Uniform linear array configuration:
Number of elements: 8
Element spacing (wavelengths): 0.5
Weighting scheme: cosine
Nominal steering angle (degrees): -60
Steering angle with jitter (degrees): -61.086
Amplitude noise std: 0.05
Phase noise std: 0.05

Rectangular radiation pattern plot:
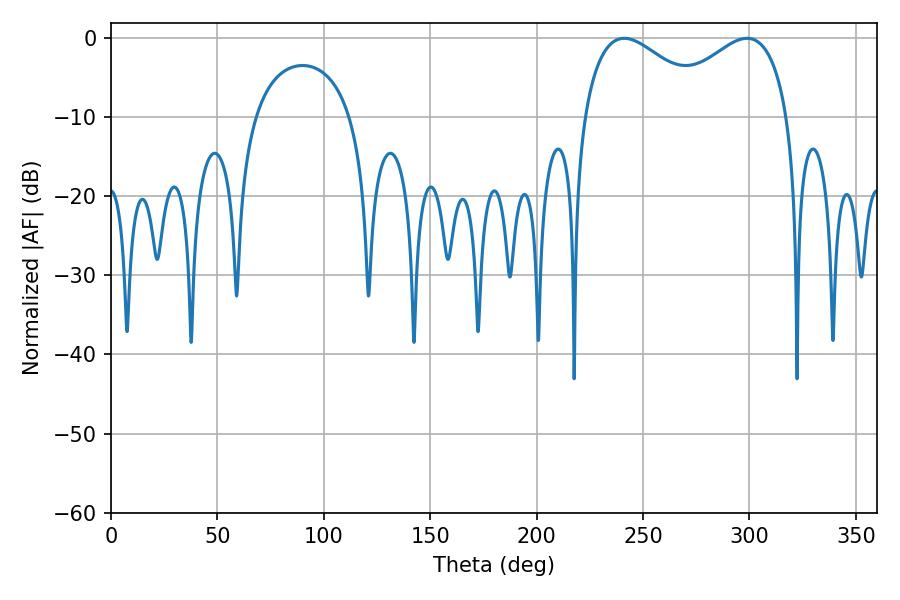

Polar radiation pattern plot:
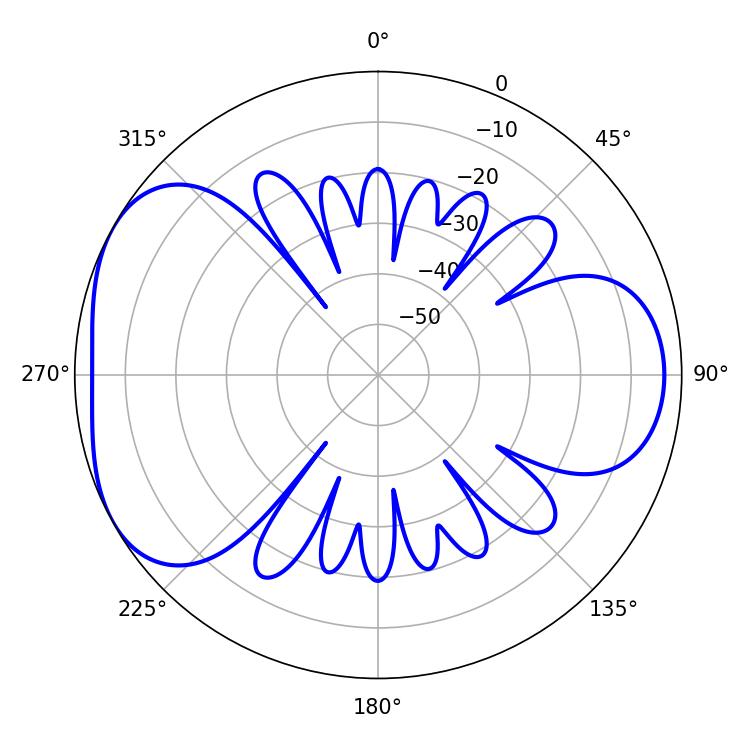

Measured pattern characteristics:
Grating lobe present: FALSE
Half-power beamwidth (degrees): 33.48
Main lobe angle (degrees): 241.2